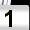
Digit: 1